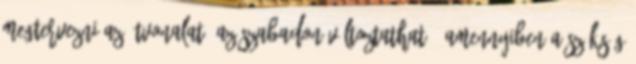
megtervezni az útvonalat, az szabadon változtatható, amennyiben a szükség